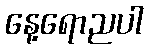
နေ့ရောညပါ